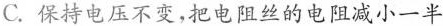
C.保持电压不变，把电阻丝的电阻减小一半